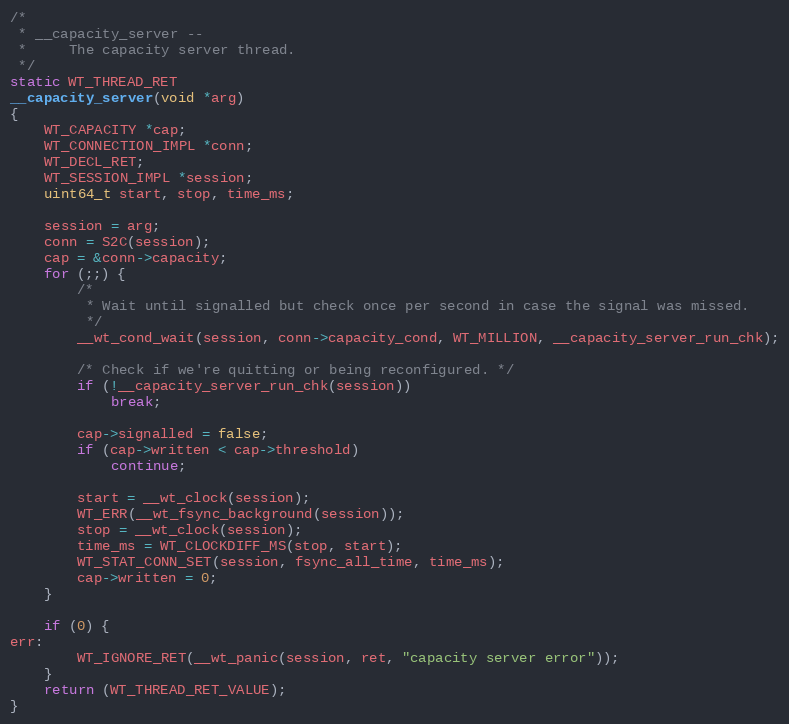
Language: C
/*
 * __capacity_server --
 *     The capacity server thread.
 */
static WT_THREAD_RET
__capacity_server(void *arg)
{
    WT_CAPACITY *cap;
    WT_CONNECTION_IMPL *conn;
    WT_DECL_RET;
    WT_SESSION_IMPL *session;
    uint64_t start, stop, time_ms;

    session = arg;
    conn = S2C(session);
    cap = &conn->capacity;
    for (;;) {
        /*
         * Wait until signalled but check once per second in case the signal was missed.
         */
        __wt_cond_wait(session, conn->capacity_cond, WT_MILLION, __capacity_server_run_chk);

        /* Check if we're quitting or being reconfigured. */
        if (!__capacity_server_run_chk(session))
            break;

        cap->signalled = false;
        if (cap->written < cap->threshold)
            continue;

        start = __wt_clock(session);
        WT_ERR(__wt_fsync_background(session));
        stop = __wt_clock(session);
        time_ms = WT_CLOCKDIFF_MS(stop, start);
        WT_STAT_CONN_SET(session, fsync_all_time, time_ms);
        cap->written = 0;
    }

    if (0) {
err:
        WT_IGNORE_RET(__wt_panic(session, ret, "capacity server error"));
    }
    return (WT_THREAD_RET_VALUE);
}